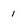
Character: 1